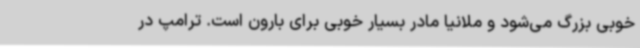
خوبی بزرگ می‌شود و ملانیا مادر بسیار خوبی برای بارون است. ترامپ در